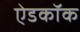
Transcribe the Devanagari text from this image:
ऐडकॉक